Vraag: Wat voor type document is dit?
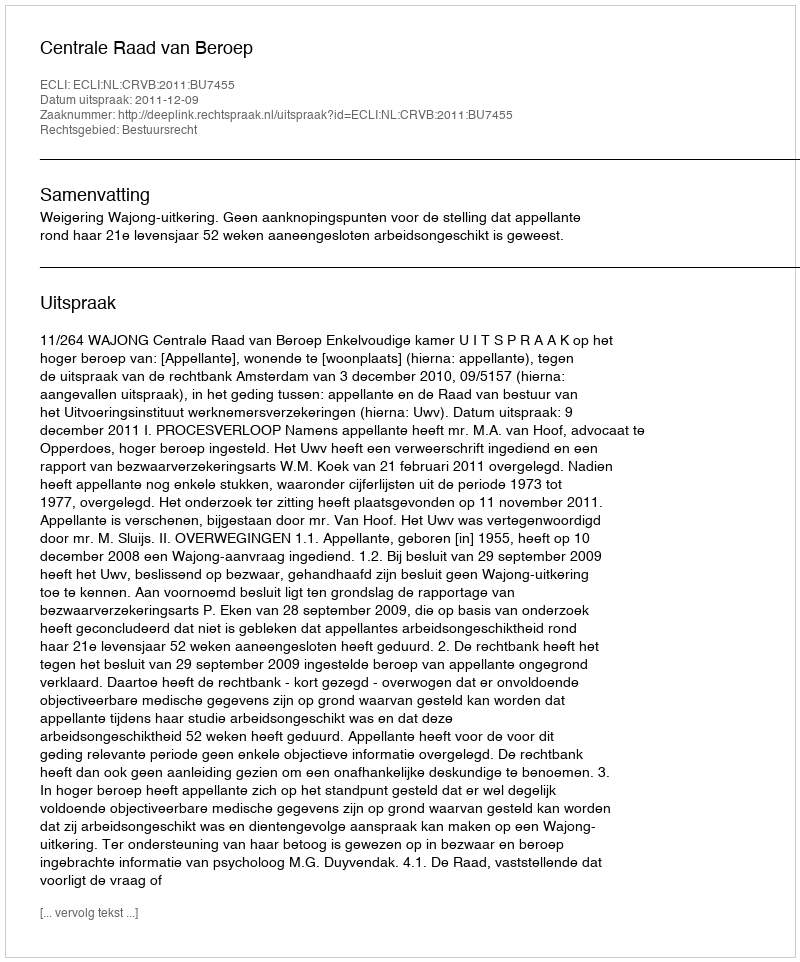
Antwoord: Uitspraak